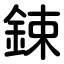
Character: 鋉